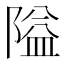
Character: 隘